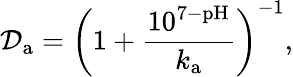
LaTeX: \mathcal{D}_{\mathrm{a}}=\left(1+\frac{10^{7-\mathrm{pH}}}{k_{\mathrm{a}}}\right)^{-1},